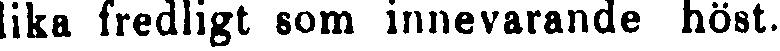
lika fredligt som innevarande höst.